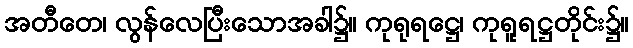
အတီတေ၊ လွန်လေပြီးသောအခါ၌။ ကုရုရဋ္ဌေ၊ ကုရူရဋ္ဌတိုင်း၌။